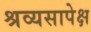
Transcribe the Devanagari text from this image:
श्रव्यसापेक्ष